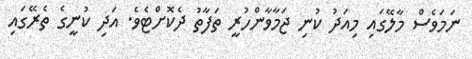
ނަމަވެސް މާލޭގައި މިއަދު ކުނި ޖަމާވާންހުރީ ތަފާތު ދެކޮށްޓެވެ. އަދި ކުނީގެ ތެރޭގައި